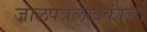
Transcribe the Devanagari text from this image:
जालपत्रलेखकांची